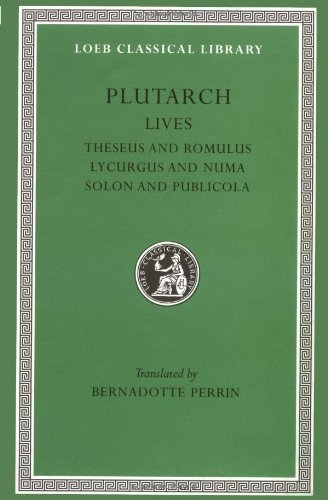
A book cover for Plutarch Lives, I, Theseus and Romulus. Lycurgus and Numa. Solon and Publicola (Loeb Classical LibraryÂ®) (Volume I); Plutarch; Biographies & Memoirs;